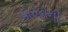
પારકાની